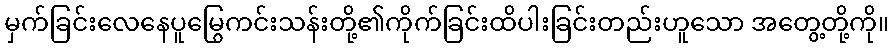
မှက်ခြင်းလေနေပူမြွေကင်းသန်းတို့၏ကိုက်ခြင်းထိပါးခြင်းတည်းဟူသော အတွေ့တို့ကို။